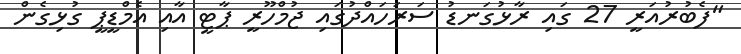
"ފެބުރުއަރީ 27 ގައި ރާޅުގަނޑު ސަރަހައްދުގައި ޖުމްހޫރީ ޕާޓީ އާއި އެމްޑީޕީ ގުޅިގެން